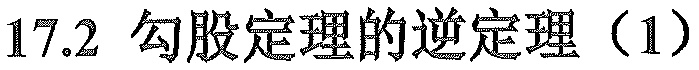
$17.2$ 勾股定理的逆定理（1）